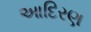
આદિરણ